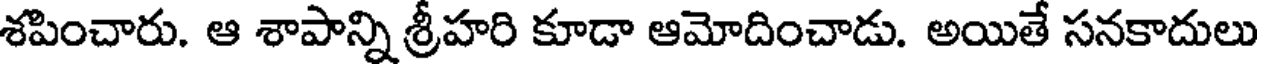
శపించారు. ఆ శాపాన్ని శ్రీహరి కూడా ఆమోదించాడు. అయితే సనకాదులు